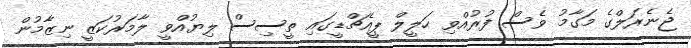
ޖެނެރަލްގެ މަގާމު ވެސް ފުރުއްވި ހަލީލް ޕީއެޗްޑީގައި ތީސިސް ލިޔުއްވީ ލާމަރުކަޒީ ނިޒާމުން